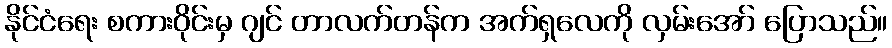
နိုင်ငံရေး စကားဝိုင်းမှ ဂျင် တာလက်တန်က အက်ရှလေကို လှမ်းအော် ပြောသည်။